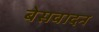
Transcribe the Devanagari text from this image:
बेसवादन